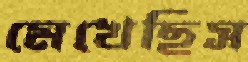
মেখেছিস